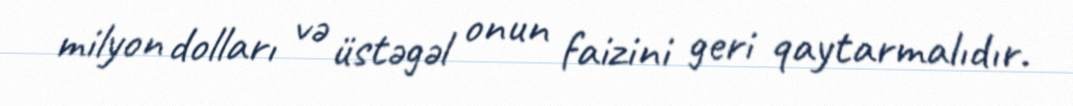
milyon dolları və üstəgəl onun faizini geri qaytarmalıdır.